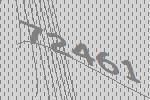
72461